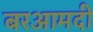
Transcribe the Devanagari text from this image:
बरआमदी